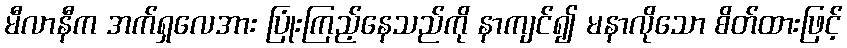
မီလာနီက အက်ရှလေအား ပြုံးကြည့်နေသည်ကို နာကျင်၍ မနာလိုသော စိတ်ထားဖြင့်